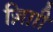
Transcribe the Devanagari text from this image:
ज़िग़ी